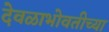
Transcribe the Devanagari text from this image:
देवळाभोवतीच्या